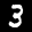
Label: 3